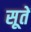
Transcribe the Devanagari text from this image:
सूतें